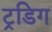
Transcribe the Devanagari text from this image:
ट्रडिग